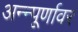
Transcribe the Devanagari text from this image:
अन्न्पूर्णावर